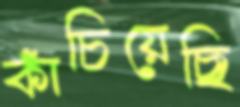
কাঁচিয়েছি